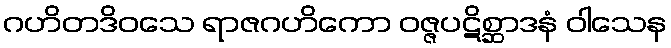
ဂဟိတဒိဝသေ ရာဇဂဟိကော ဝဇ္ဇပဋိစ္ဆာဒနံ ဝါသေန